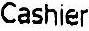
CASHIER